Vaccination Hyderabad 1872-1889 - 1872-1889
Year: 1872
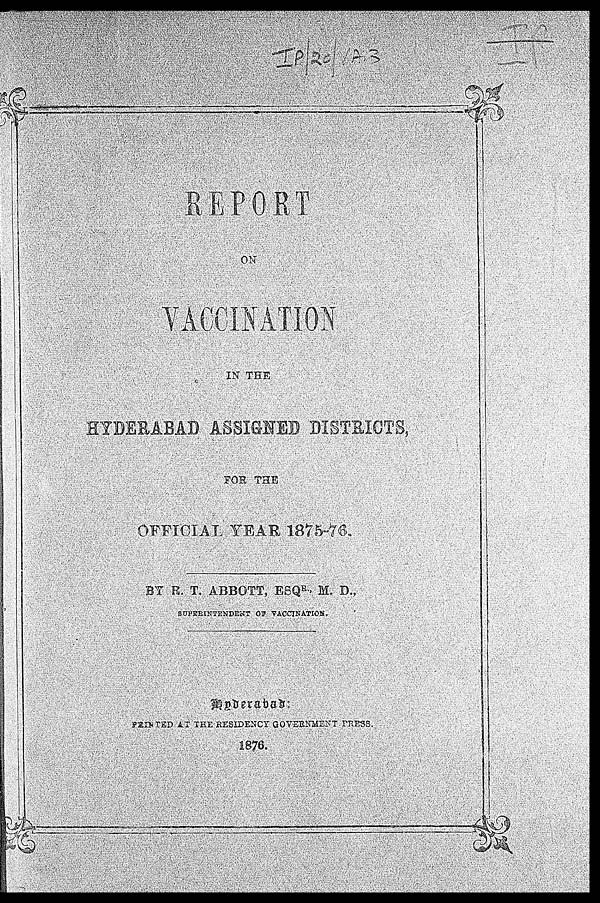
REPORT
ON
VACCINATION
IN THE
HYDERABAD ASSIGNED DISTRICTS,
FOR THE
OFFICIAL YEAR 1875-76.
BY R. T. ABBOTT, ESQR.,M. D.,
SUPERINTENDENT OF VACCINATION.
PRINTED AT THE RESIDENCY GOVERNMENT PRESS.
1876.